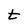
Character: t